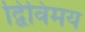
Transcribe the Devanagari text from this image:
द्विविमय